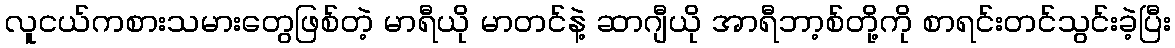
လူငယ်ကစားသမားတွေဖြစ်တဲ့ မာရီယို မာတင်နဲ့ ဆာဂျီယို အာရီဘာ့စ်တို့ကို စာရင်းတင်သွင်းခဲ့ပြီး